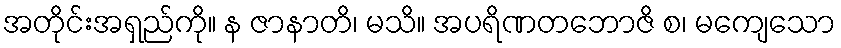
အတိုင်းအရှည်ကို။ န ဇာနာတိ၊ မသိ။ အပရိဏတဘောဇိ စ၊ မကျေသော